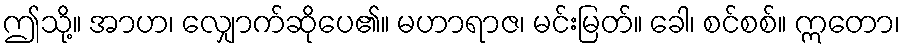
ဤသို့။ အာဟ၊ လျှောက်ဆိုပေ၏။ မဟာရာဇ၊ မင်းမြတ်။ ခေါ၊ စင်စစ်။ ဣတော၊